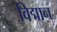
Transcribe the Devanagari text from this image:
विद्मान